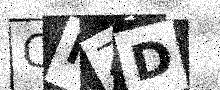
Text: CIZD